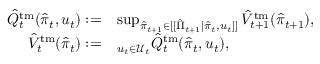
\begin{array} { r l } { \hat { Q } _ { t } ^ { \mathrm { t m } } ( \hat { \pi } _ { t } , u _ { t } ) : = } & { \operatorname* { s u p } _ { \hat { \pi } _ { t + 1 } \in [ [ \hat { \Pi } _ { t + 1 } | \hat { \pi } _ { t } , u _ { t } ] ] } \hat { V } _ { t + 1 } ^ { \mathrm { t m } } ( \hat { \pi } _ { t + 1 } ) , } \\ { \hat { V } _ { t } ^ { \mathrm { t m } } ( \hat { \pi } _ { t } ) : = } & { \relax _ { u _ { t } \in \mathcal { U } _ { t } } \hat { Q } _ { t } ^ { \mathrm { t m } } ( \hat { \pi } _ { t } , u _ { t } ) , } \end{array}